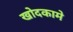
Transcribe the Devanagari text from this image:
खोदकामे